Investigations on Bengal jail dietaries - Number 37
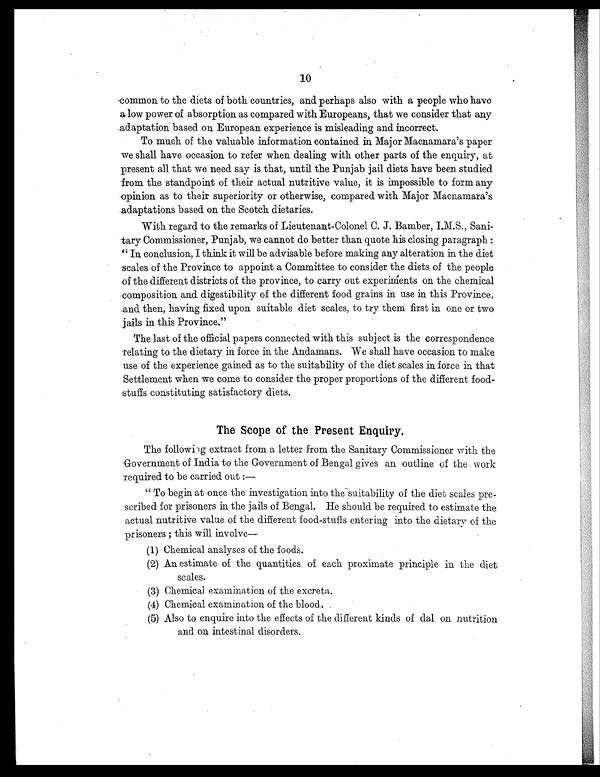
10
common to the diets of both countries, and perhaps also with a people who have
a low power of absorption as compared with Europeans, that we consider that any
adaptation based on European experience is misleading and incorrect.
To much of the valuable information contained in Major Macnamara's paper
we shall have occasion to refer when dealing with other parts of the enquiry, at
present all that we need say is that, until the Punjab jail diets have been studied
from the standpoint of their actual nutritive value, it is impossible to form any
opinion as to their superiority or otherwise, compared with Major Macnamara's
adaptations based on the Scotch dietaries.
With regard to the remarks of Lieutenant-Colonel C. J. Bamber, I.M.S., Sani-
tary Commissioner, Punjab, we cannot do better than quote his closing paragraph :
" In conclusion, I think it will be advisable before making any alteration in the diet
scales of the Province to appoint a Committee to consider the diets of the people
of the different districts of the province, to carry out experiments on the chemical
composition and digestibility of the different food grains in use in this Province,
and then, having fixed upon suitable diet scales, to try them first in one or two
jails in this Province."
The last of the official papers connected with this subject is the correspondence
relating to the dietary in force in the Andamans. We shall have occasion to make
use of the experience gained as to the suitability of the diet scales in force in that
Settlement when we come to consider the proper proportions of the different food-
stuffs constituting satisfactory diets.
The Scope of the Present Enquiry.
The following extract from a letter from the Sanitary Commissioner with the
Government of India to the Government of Bengal gives an outline of the work
required to be carried out :
—
"To begin at once the investigation into the esuitability of the diet scales pre-
scribed for prisoners in the jails of Bengal. He should be required to estimate the
actual nutritive value of the different food-stuffs entering into the dietary of the
prisoners ; this will involve—
(1) Chemical analyses of the foods.
(2) An estimate of the quantities of each proximate principle in the diet
sc ales.
(3) Chemical examination of the excreta.
(4) Chemical examination of the blood .
(5) Also to enquire into the effects of the different kinds of dal on nutrition
and on intestinal disorders.